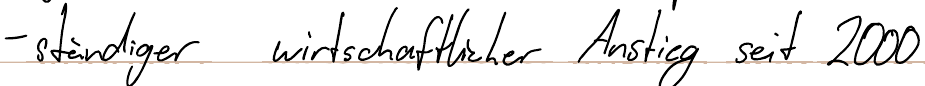
- ständiger wirtschaftlicher Anstieg seit 2000